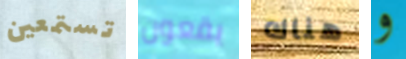
تستمعين يقعون هناك و